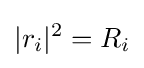
|r_{i}|^{2}=R_{i}